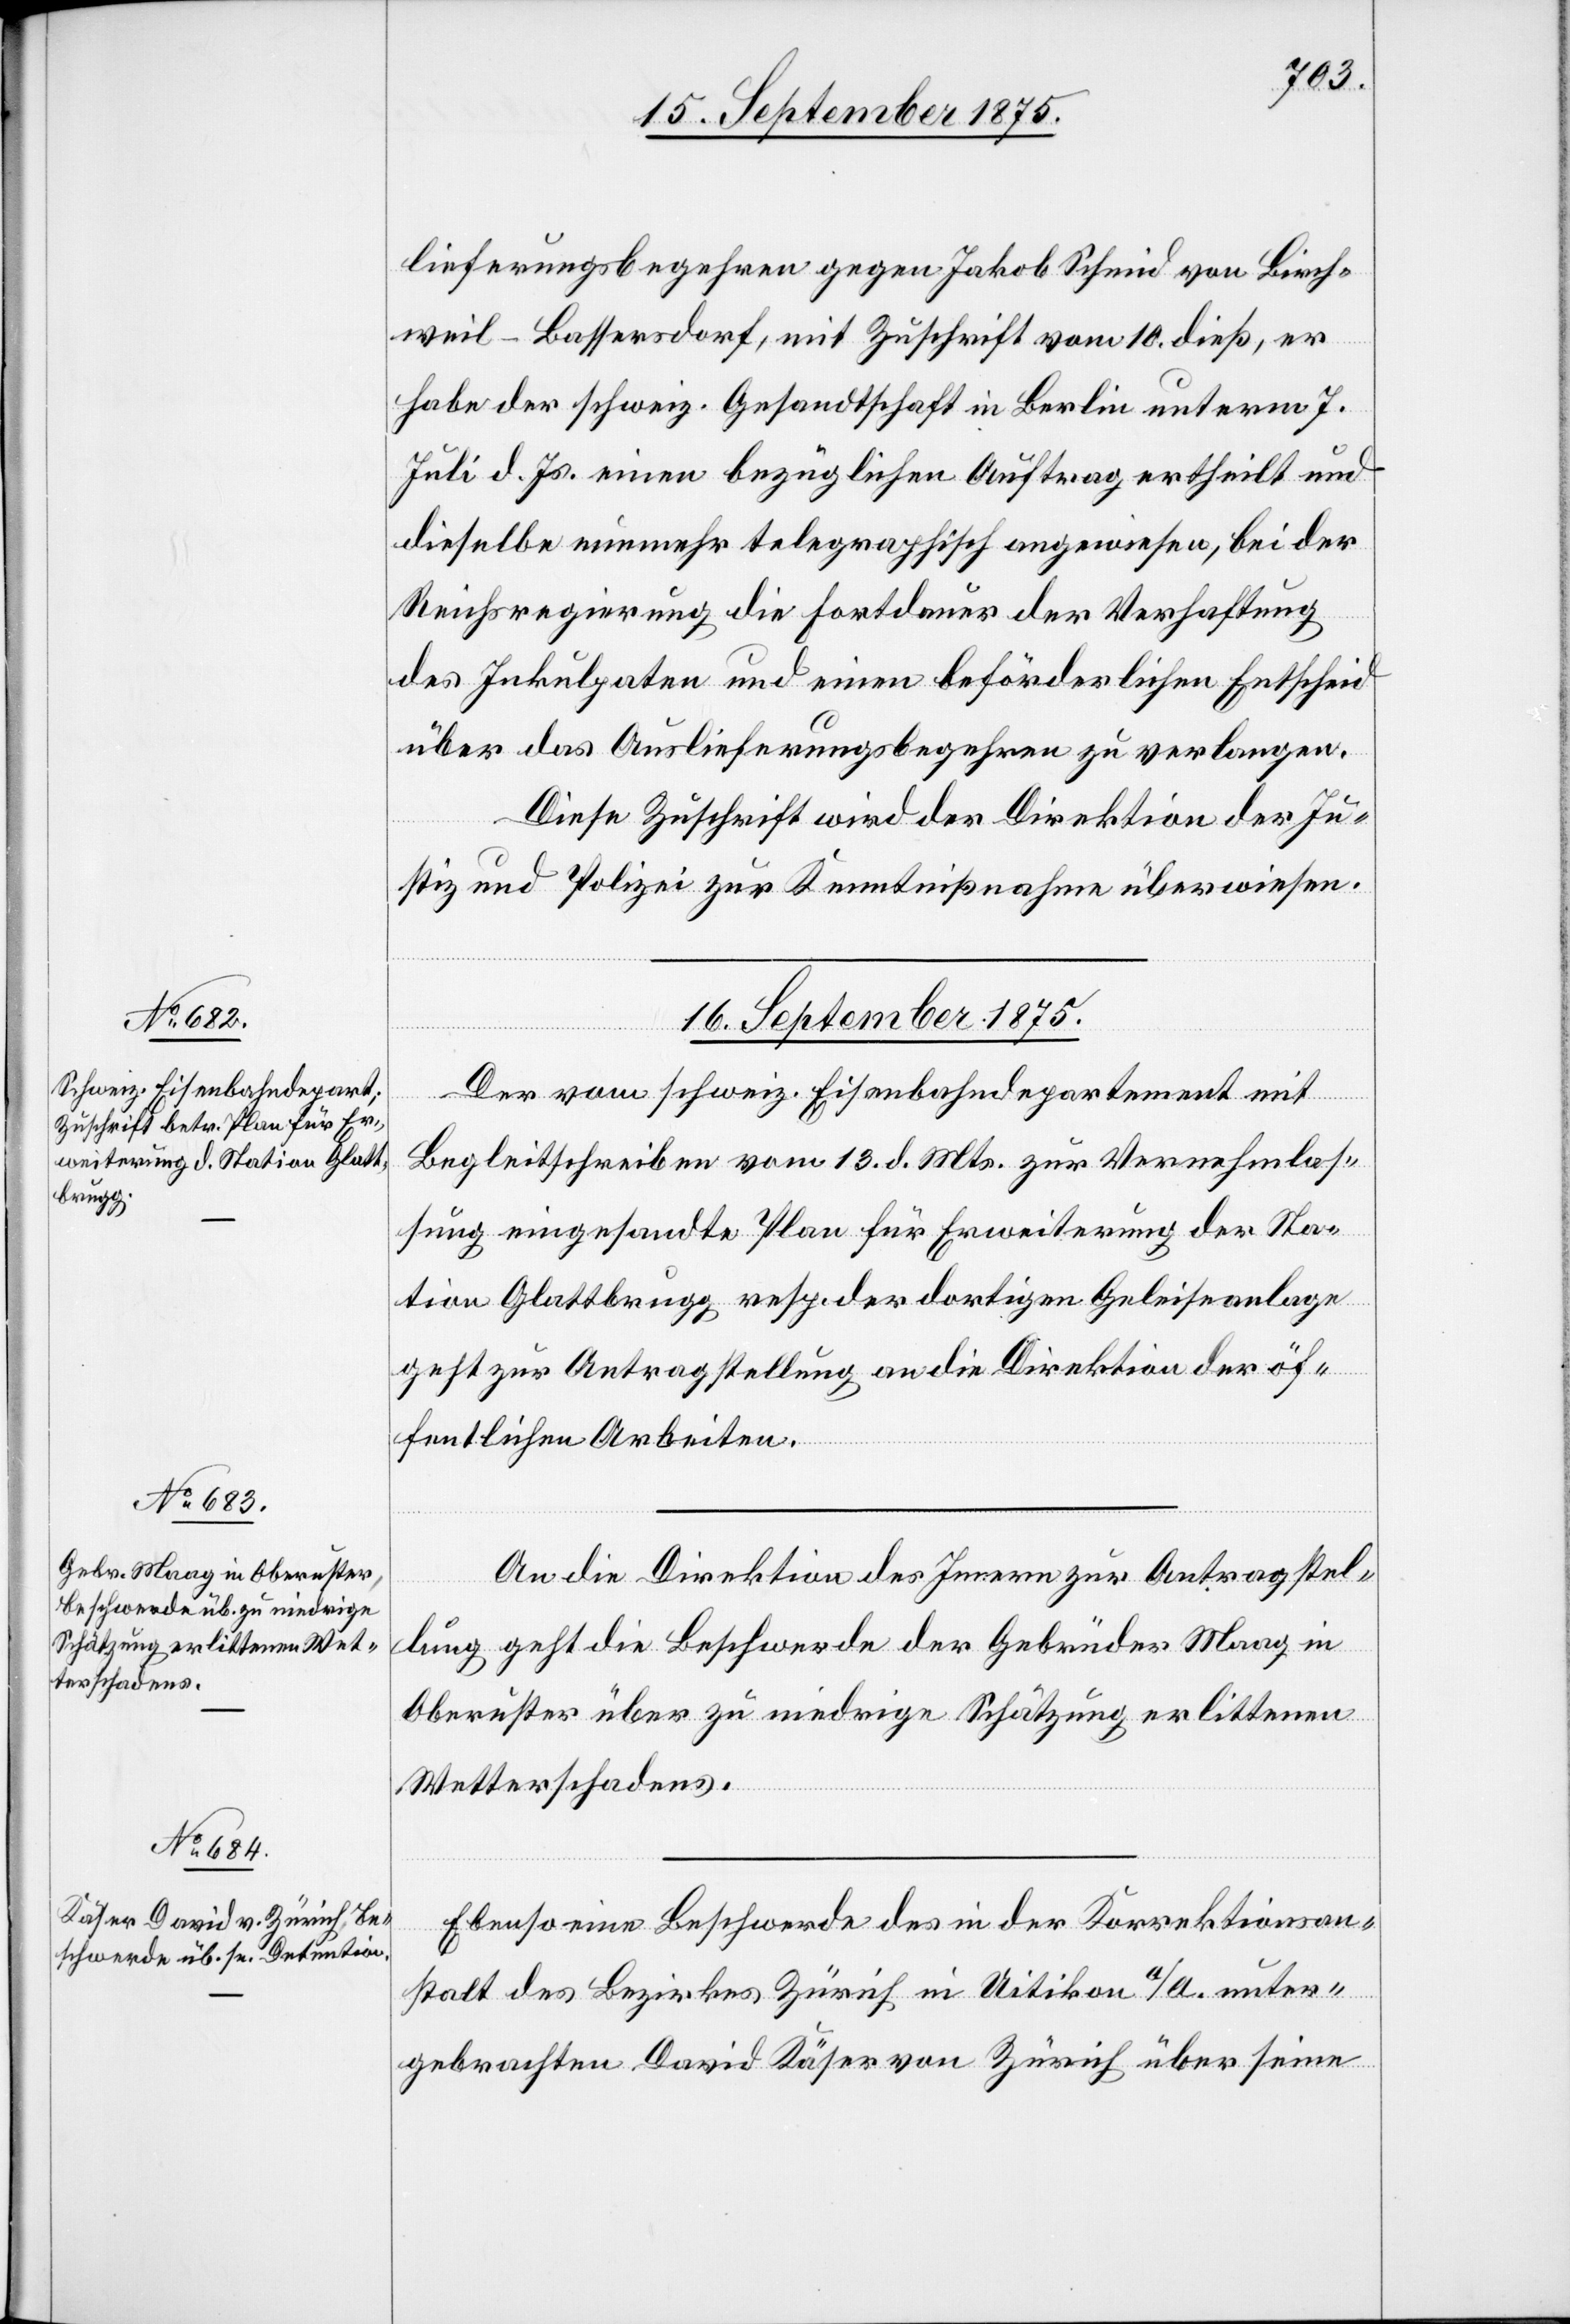
16. September 1875.]
lieferungsbegehren gegen Jakob Schmid von Birch¬
weil - Bassersdorf, mit Zuschrift vom 10. dieß, er
habe der schweiz. Gesandtschaft in Berlin unterm 7.
Juli d. Js. einen bezüglichen Auftrag ertheilt und
dieselbe nunmehr telegraphisch angewiesen, bei der
Reichsregierung die Fortdauer der Verhaftung
des Inkulpaten und einen beförderlichen Entscheid
über das Auslieferungsbegehren zu verlangen.
Diese Zuschrift wird der Direktion der Ju¬
stiz und Polizei zur Kenntnißnahme überwiesen.
16. September 1875.
Der vom schweiz. Eisenbahndepartement mit
Begleitschreiben vom 13. d. Mts. zur Vernehmlas¬
sung eingesandte Plan für Erweiterung der Sta¬
tion Glattbrugg resp. der dortigen Geleiseanlage
geht zur Antragstellung an die Direktion der öf¬
fentlichen Arbeiten.
An die Direktion des Innern zur Antragstel¬
lung geht die Beschwerde der Gebrüder Maag in
Oberuster über zu niedrige Schätzung erlittenen
Wetterschadens.
Ebenso eine Beschwerde des in der Korrektionsan¬
stalt des Bezirkes Zürich in Uitikon a/A. unter¬
gebrachten David Käser von Zürich über seine